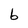
Character: b